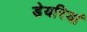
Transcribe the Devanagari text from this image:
डेयरियां